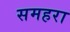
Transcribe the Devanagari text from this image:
समहरा